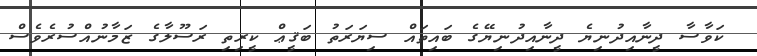
ކަވާސާ ދީނާއިދުނިޔެ ދީނާއިދުނިޔޭގެ ބައިތައް ސިޔަރަތު ބަޤީޢް ކީރިތި ރަސޫލާގެ ޒަމާނުއްސުރެވެސް